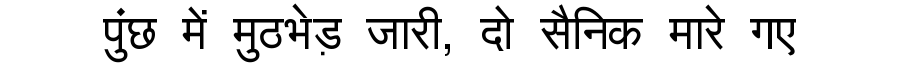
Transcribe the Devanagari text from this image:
पुंछ में मुठभेड़ जारी, दो सैनिक मारे गए